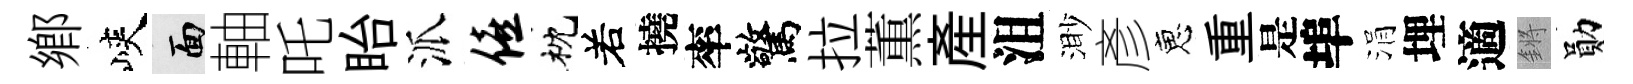
郷峽面軸吒眙派僖枕𠰥撓率驚拉薫産沮渺彥恵重是埠涓埋適鏘勛